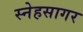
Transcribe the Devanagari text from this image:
स्नेहसागर